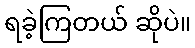
ရခဲ့ကြတယ် ဆိုပဲ။